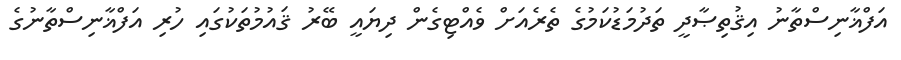
އަފްޣާނިސްތާނު އިޤުތިޞާދީ ތަދުމަޑުކަމުގެ ތެރެއަށް ވެއްޓިގެން ދިޔައީ ބޭރު ޤައުމުތަކުގައި ހުރި އަފްޣާނިސްތާނުގެ